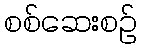
စစ်ဆေးစဉ်